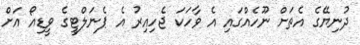
ދުނިޔޭގެ އެތަށް ނޫހެއްގައި އެ ވާހަކަ ޖެހިއިރު އެ ޕެނަލްޓީގެ ވީޑިއޯ އަށް